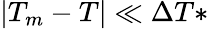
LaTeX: |T_{m}-T|\ll\Delta T*